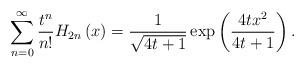
LaTeX: \begin{align*} \sum\limits_{n=0}^{\infty }\frac{t^{n}}{n!}H_{2n}\left( x\right) =\frac{1}{\sqrt{4t+1}}\exp \left( \frac{4tx^{2}}{4t+1}\right).\end{align*}